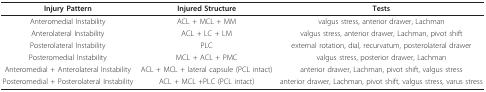
| Injury Pattern | Injured Structure | Tests |
 | --- | --- | --- |
 | Anteromedial Instability | ACL + MCL + MM | valgus stress, anterior drawer, Lachman |
 | Anterolateral Instability | ACL + LC + LM | valgus stress, anterior drawer, Lachman, pivot shift |
 | Posterolateral Instability | PLC | external rotation, dial, recurvatum, posterolateral drawer |
 | Posteromedial Instability | MCL + ACL + PMC | valgus stress, posterior drawer, Lachman |
 | Anteromedial + Anterolateral Instability | ACL + MCL + lateral capsule (PCL intact) | anterior drawer, Lachman, pivot shift, valgus stress |
 | Posteromedial + Posterolateral Instability | ACL + MCL +PLC (PCL intact) | anterior drawer, Lachman, pivot shift, valgus stress, varus stress |